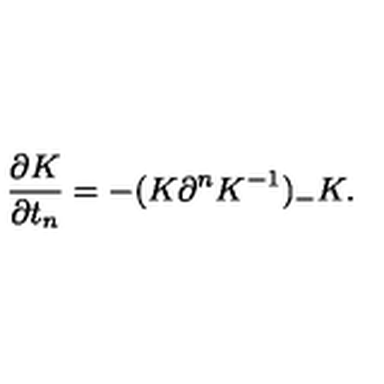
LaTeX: \frac { \partial K } { \partial t _ { n } } = - ( K \partial ^ { n } K ^ { - 1 } ) _ { - } K .